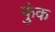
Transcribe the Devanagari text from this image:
फुंक